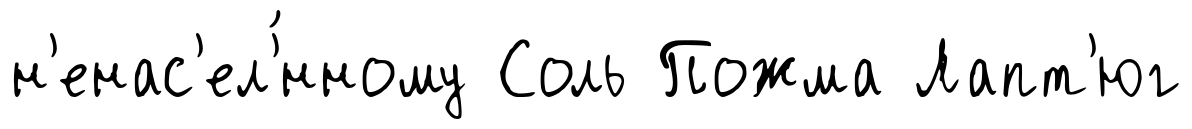
н'енас'ел'́нному Соль Пожма Лапт'юг